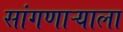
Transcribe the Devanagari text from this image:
सांगणाऱ्याला